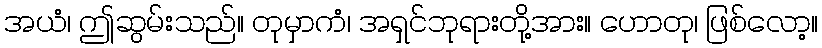
အယံ၊ ဤဆွမ်းသည်။ တုမှာကံ၊ အရှင်ဘုရားတို့အား။ ဟောတု၊ ဖြစ်လော့။